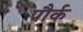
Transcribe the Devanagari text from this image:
पौर्क